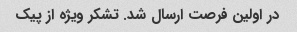
در اولین فرصت ارسال شد. تشکر ویژه از پیک